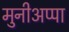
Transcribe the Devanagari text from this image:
मुनीअप्पा